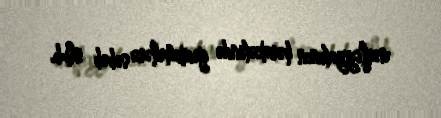
nəqliyyatının hərəkətində gecikmələrə səbəb olub.